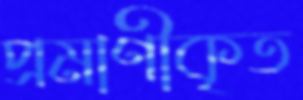
প্রমাণীকৃত